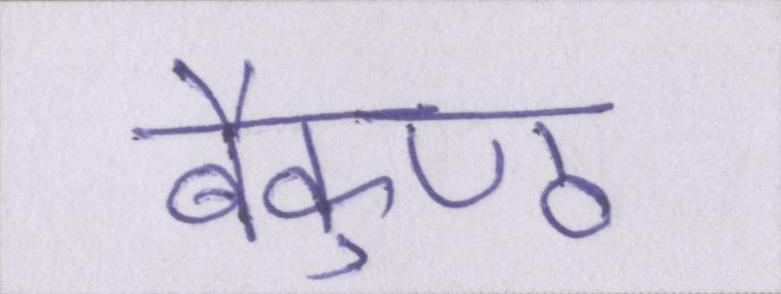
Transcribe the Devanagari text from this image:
बैकुण्ठ